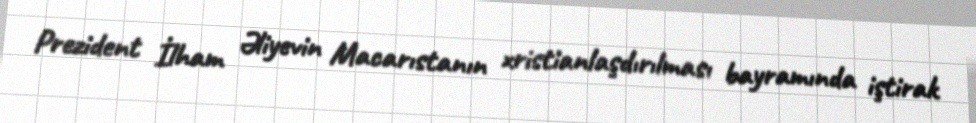
Prezident İlham Əliyevin Macarıstanın xristianlaşdırılması bayramında iştirak